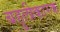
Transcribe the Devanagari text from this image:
बहुलीकारक